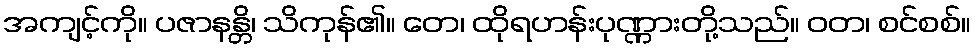
အကျင့်ကို။ ပဇာနန္တိ၊ သိကုန်၏။ တေ၊ ထိုရဟန်းပုဏ္ဏားတို့သည်။ ဝတ၊ စင်စစ်။